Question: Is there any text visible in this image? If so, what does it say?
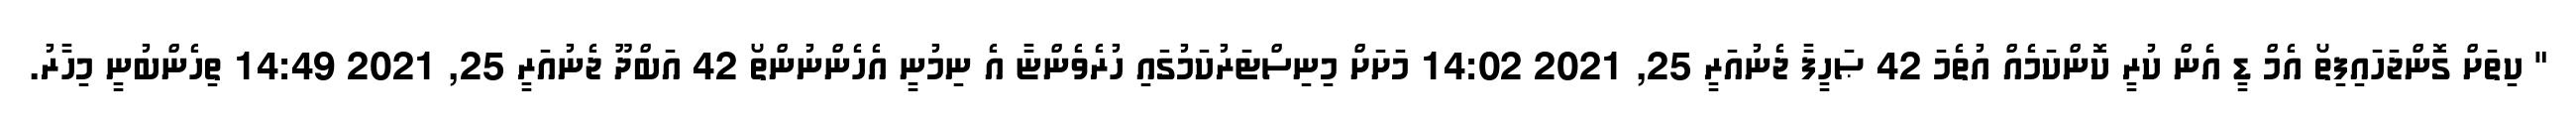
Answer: " ކިތަށް ގޮންޖަހައިފިތޯ އެމް ޑީ އެން ކުރީ ކޮންކަމެއް އުތެމަ 42 ޞަހީފާ ޖެނުއަރީ 25, 2021 14:02 މަށަށް މިނިސްޓަރުކަމުގައި ހުރެވެންޏާ އެ ނިމުނީ އެހެންނުންތޯ 42 އަބްދޫ ޖެނުއަރީ 25, 2021 14:49 ތިހެންބުނީ މިހާރު.